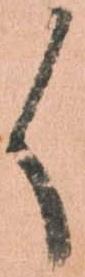
く